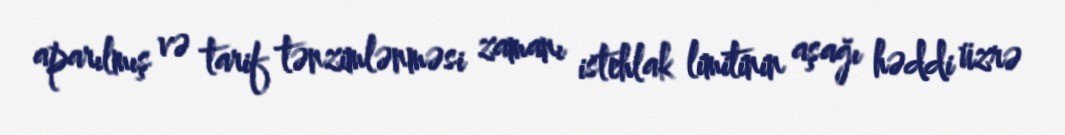
aparılmış və tarif tənzimlənməsi zamanı istehlak limitinin aşağı həddi üzrə